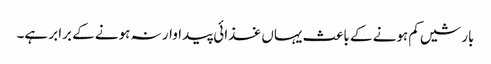
بارشیں کم ہونے کے باعث یہاں غذائی پیداوار نہ ہونے کے برابر ہے۔